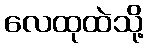
လေထုထဲသို့